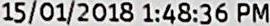
15/01/2018 1:48:36 PM